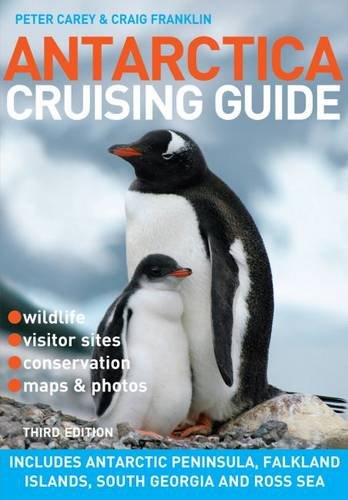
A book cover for Antarctica Cruising Guide: Includes Antarctic Peninsula, Falkland Islands, South Georgia and Ross Sea; Peter Carey; Sports & Outdoors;